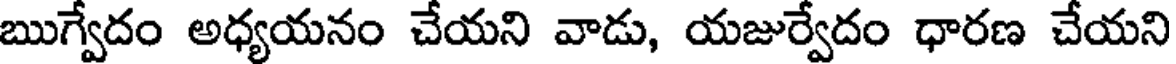
ఋగ్వేదం అధ్యయనం చేయని వాడు, యజుర్వేదం ధారణ చేయని